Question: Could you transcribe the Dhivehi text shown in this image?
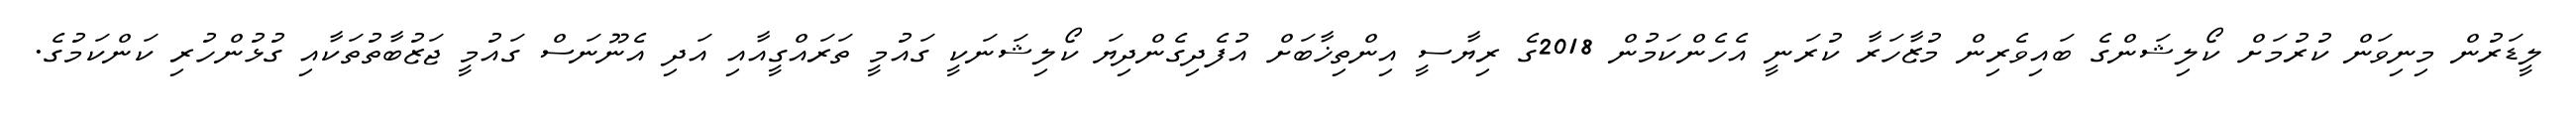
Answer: ލީޑަރުން މިނިވަން ކުރުމަށް ކޯލިޝަންގެ ބައިވެރިން މުޒާހަރާ ކުރަނީ އެހެންކަމުން 2018ގެ ރިޔާސީ އިންތިޚާބަށް އުފެދިގެންދިޔަ ކޯލިޝަނަކީ ގައުމީ ތަރައްގީއާއި އަދި އެނޫނަސް ގައުމީ ޖަޒުބާތުތަކާއި ގުޅުންހުރި ކަންކަމުގެ.